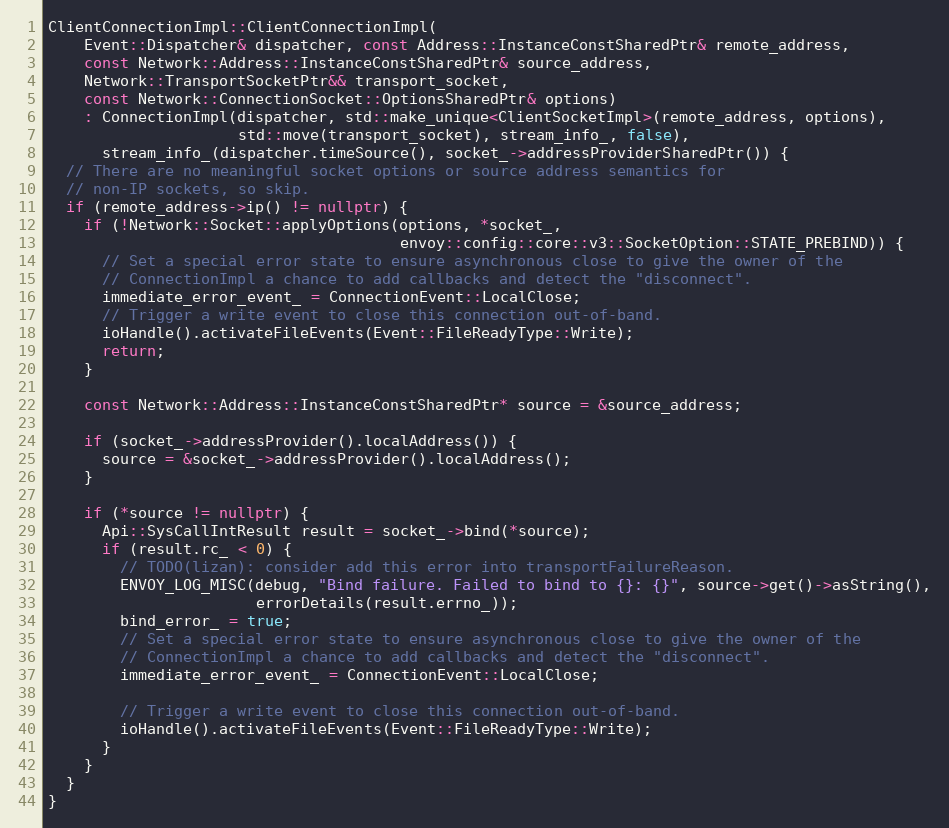
Language: C++
ClientConnectionImpl::ClientConnectionImpl(
    Event::Dispatcher& dispatcher, const Address::InstanceConstSharedPtr& remote_address,
    const Network::Address::InstanceConstSharedPtr& source_address,
    Network::TransportSocketPtr&& transport_socket,
    const Network::ConnectionSocket::OptionsSharedPtr& options)
    : ConnectionImpl(dispatcher, std::make_unique<ClientSocketImpl>(remote_address, options),
                     std::move(transport_socket), stream_info_, false),
      stream_info_(dispatcher.timeSource(), socket_->addressProviderSharedPtr()) {
  // There are no meaningful socket options or source address semantics for
  // non-IP sockets, so skip.
  if (remote_address->ip() != nullptr) {
    if (!Network::Socket::applyOptions(options, *socket_,
                                       envoy::config::core::v3::SocketOption::STATE_PREBIND)) {
      // Set a special error state to ensure asynchronous close to give the owner of the
      // ConnectionImpl a chance to add callbacks and detect the "disconnect".
      immediate_error_event_ = ConnectionEvent::LocalClose;
      // Trigger a write event to close this connection out-of-band.
      ioHandle().activateFileEvents(Event::FileReadyType::Write);
      return;
    }

    const Network::Address::InstanceConstSharedPtr* source = &source_address;

    if (socket_->addressProvider().localAddress()) {
      source = &socket_->addressProvider().localAddress();
    }

    if (*source != nullptr) {
      Api::SysCallIntResult result = socket_->bind(*source);
      if (result.rc_ < 0) {
        // TODO(lizan): consider add this error into transportFailureReason.
        ENVOY_LOG_MISC(debug, "Bind failure. Failed to bind to {}: {}", source->get()->asString(),
                       errorDetails(result.errno_));
        bind_error_ = true;
        // Set a special error state to ensure asynchronous close to give the owner of the
        // ConnectionImpl a chance to add callbacks and detect the "disconnect".
        immediate_error_event_ = ConnectionEvent::LocalClose;

        // Trigger a write event to close this connection out-of-band.
        ioHandle().activateFileEvents(Event::FileReadyType::Write);
      }
    }
  }
}